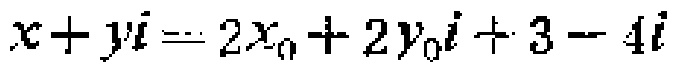
$x + yi = 2x_0 + 2y_0i + 3 - 4i$